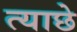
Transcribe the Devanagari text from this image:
त्याछे